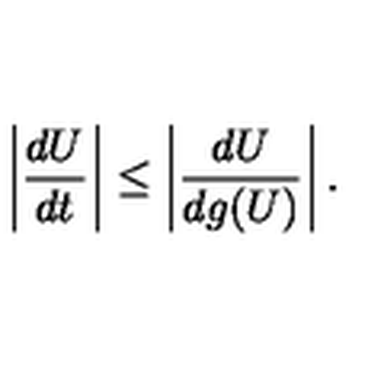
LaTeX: \left\vert \frac { d U } { d t } \right\vert \le \left\vert \frac { d U } { d g ( U ) } \right\vert .